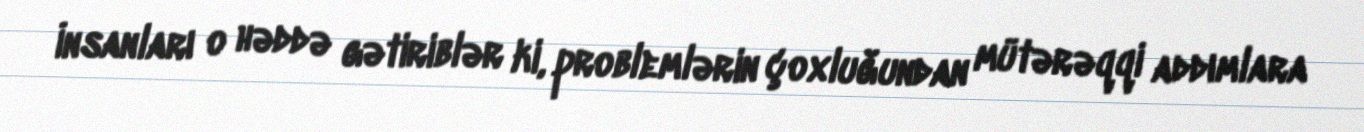
İnsanları o həddə gətiriblər ki, problemlərin çoxluğundan mütərəqqi addımlara